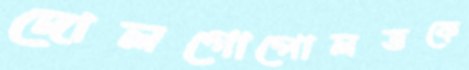
দোলগোপোলভকে